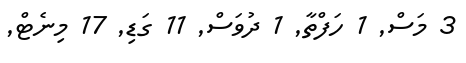
3 މަސް